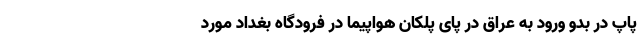
پاپ در بدو ورود به عراق در پای پلکان هواپیما در فرودگاه بغداد مورد